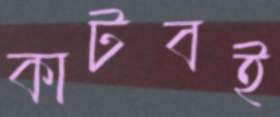
কাটবই